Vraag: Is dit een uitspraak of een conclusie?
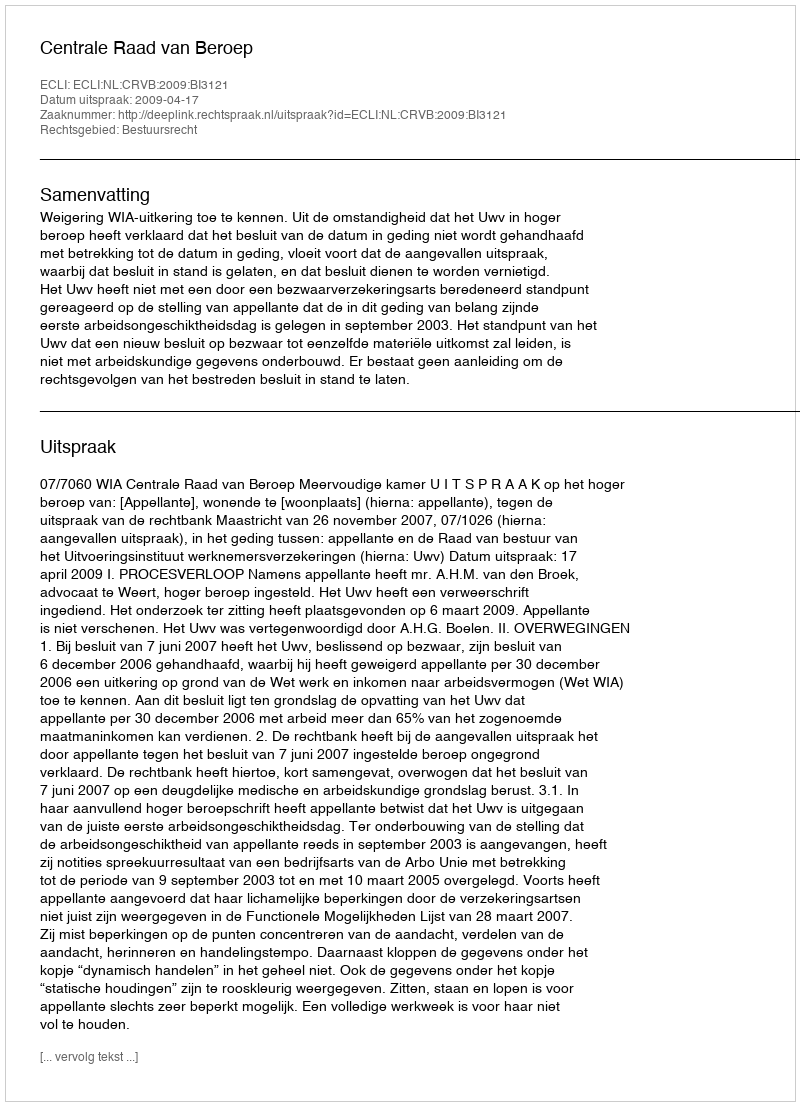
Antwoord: Uitspraak